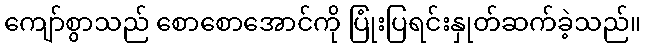
ကျော်စွာသည် စောစောအောင်ကို ပြုံးပြရင်းနှုတ်ဆက်ခဲ့သည်။